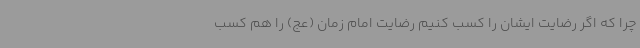
چرا که اگر رضایت ایشان را کسب کنیم رضایت امام زمان (عج) را هم کسب